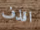
اقذف